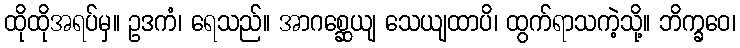
ထိုထိုအရပ်မှ။ ဥဒကံ၊ ရေသည်။ အာဂစ္ဆေယျ သေယျထာပိ၊ ထွက်ရာသကဲ့သို့။ ဘိက္ခဝေ၊